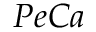
P e C a